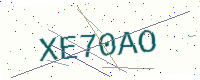
Text: XE70AO